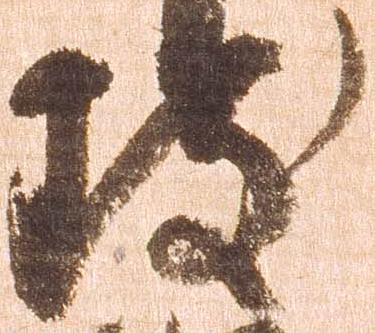
致